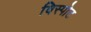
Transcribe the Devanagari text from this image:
विस्पोट